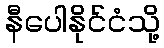
နီပေါနိုင်ငံသို့